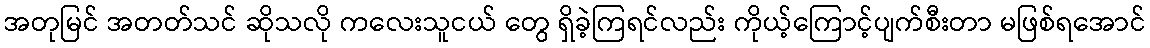
အတုမြင် အတတ်သင် ဆိုသလို ကလေးသူငယ် တွေ ရှိခဲ့ကြရင်လည်း ကိုယ့်ကြောင့်ပျက်စီးတာ မဖြစ်ရအောင်